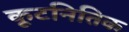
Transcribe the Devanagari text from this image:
कूटनितिक